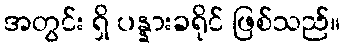
အတွင်း ရှိ ပန္နားခရိုင် ဖြစ်သည်။